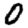
Digit: 0